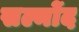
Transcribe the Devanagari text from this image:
सल्मोंद